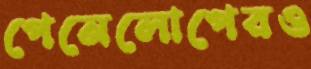
পেনেলোপেরও